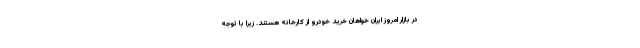
در بازار امروز ایران خواهان خرید خودرو از کارخانه هستند. زیرا با توجه